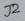
Text: J2